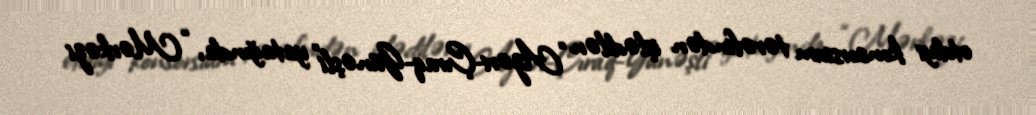
etdiyi konsorsium tərəfindən işlədilən “Azəri-Çıraq-Günəşli” yatağında, “Mərkəzi